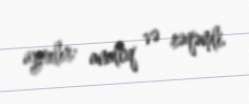
ayrılır: analoq və rəqəmli.